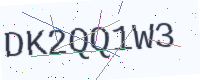
Text: DK2QQ1W3